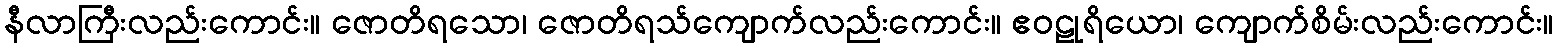
နီလာကြီးလည်းကောင်း။ ဇောတိရသော၊ ဇောတိရသ်ကျောက်လည်းကောင်း။ ဧဝဠုရိယော၊ ကျောက်စိမ်းလည်းကောင်း။